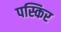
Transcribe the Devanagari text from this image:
पस्किर